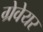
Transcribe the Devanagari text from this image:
ग्रेवेयर